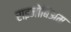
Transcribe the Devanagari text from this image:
राइजोबिअम